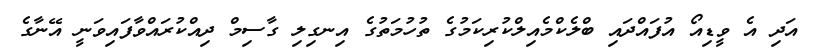
އަދި އެ ވީޑިއޯ އުފައްދައި ބްލެކްމެއިލްކުރިކަމުގެ ތުހުމަތުގެ އިނގިލި ގާސިމް ދިއްކުރައްވާފައިވަނީ އޭނާގެ